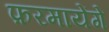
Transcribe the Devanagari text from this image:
फ़रमायेंगे